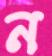
ন